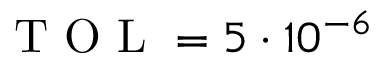
\mathrm { ~ T ~ O ~ L ~ } = 5 \cdot 1 0 ^ { - 6 }